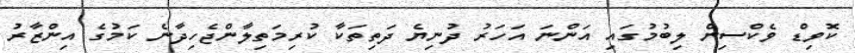
ކޮވިޑް ވެކްސިން ލިބުމުގައި އަންނަ އަހަރު ދުނިޔެ ދަތިތަކާ ކުރިމަތިލާންޖެހިދާނެ ކަމުގެ އިންޒާރު